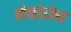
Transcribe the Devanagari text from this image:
लेव्होडोपा